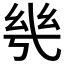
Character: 𭙌